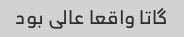
گاتا واقعا عالی بود